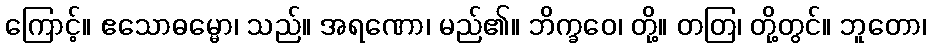
ကြောင့်။ ဧသောဓမ္မော၊ သည်။ အရဏော၊ မည်၏။ ဘိက္ခဝေ၊ တို့။ တတြ၊ တို့တွင်။ ဘူတော၊